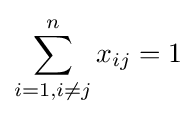
\sum _{i=1,i\neq j}^{n}x_{ij}=1